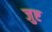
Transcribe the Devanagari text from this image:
जुष्ट